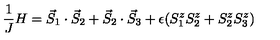
\frac { 1 } { J } H = \vec { S } _ { 1 } \cdot \vec { S } _ { 2 } + \vec { S } _ { 2 } \cdot \vec { S } _ { 3 } + \epsilon ( S _ { 1 } ^ { z } S _ { 2 } ^ { z } + S _ { 2 } ^ { z } S _ { 3 } ^ { z } )